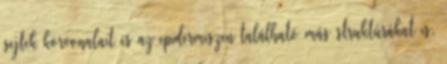
sejtek körvonalait és az epidermiszen található más struktúrákat is.